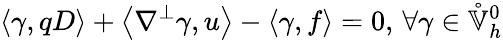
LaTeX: \left\langle\gamma,qD\right\rangle+\left\langle\nabla^{\perp}\gamma,u\right\rangle-\left\langle\gamma,f\right\rangle=0,\, \forall\gamma\in\mathring{\mathbb{V}}_{h}^{0}